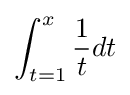
\int _{t=1}^{x}{\frac {1}{t}}dt